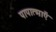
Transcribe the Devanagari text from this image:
पापात्माएँ